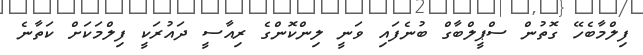
ފިލްމާބެހޭ ގޮތުން ސްޕީލްބާގް ބުނެފައި ވަނީ ލިންކޮންގެ ރިއާސީ ދައުރަކީ ފިލްމަކަށް ކަތާނެ